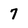
Character: 7